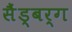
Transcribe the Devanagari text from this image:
सैंड्बर्ग